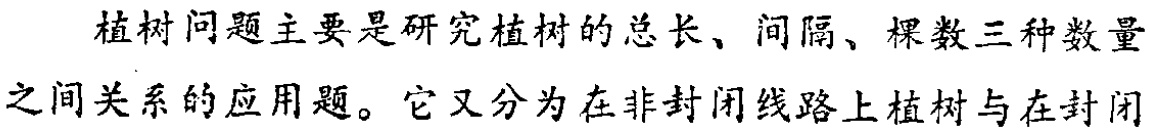
植树问题主要是研究植树的总长、间隔、棵数三种数量之间关系的应用题。它又分为在非封闭线路上植树与在封闭